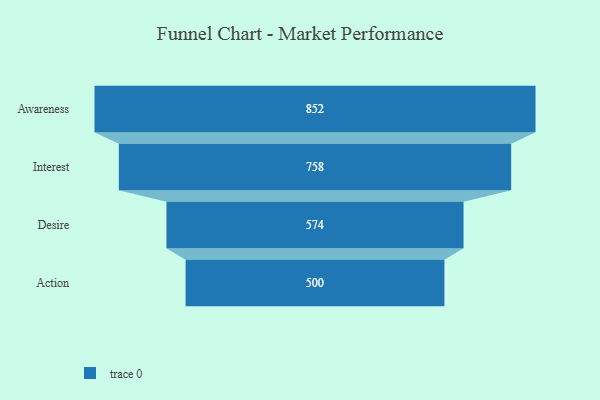
{"axis": {"x": "Stage", "y": "Value"}, "legend": [""], "data": [{"x": "Awareness", "y": 852.0, "type": ""}, {"x": "Interest", "y": 758.0, "type": ""}, {"x": "Desire", "y": 574.0, "type": ""}, {"x": "Action", "y": 500, "type": ""}]}